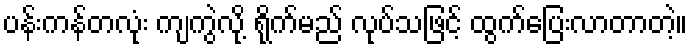
ပန်းကန်တလုံး ကျကွဲလို့ ရိုက်မည် လုပ်သဖြင့် ထွက်ပြေးလာတာတဲ့။